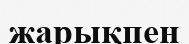
жарықпен